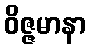
ဝိဇ္ဇမာနာ